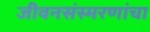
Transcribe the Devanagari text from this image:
जीवनसंस्मरणांचा